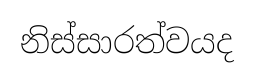
නිස්සාරත්වයද